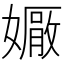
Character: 𡢩